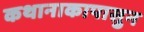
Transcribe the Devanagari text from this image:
कथानाकापासुन